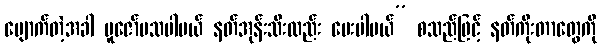
ပျောက်တဲ့အခါ ပူဇော်ပသပါမယ် နတ်အုန်းသီးလည်း ပေးပါမယ်” စသည်ဖြင့် နတ်ကိုးတာတွေကို